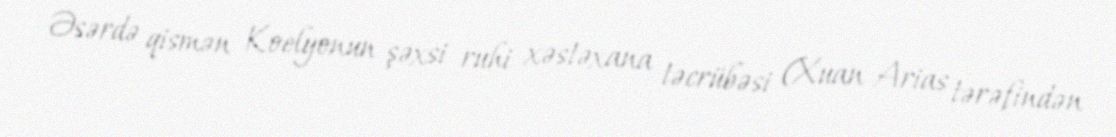
Əsərdə qismən Koelyonun şəxsi ruhi xəstəxana təcrübəsi (Xuan Arias tərəfindən